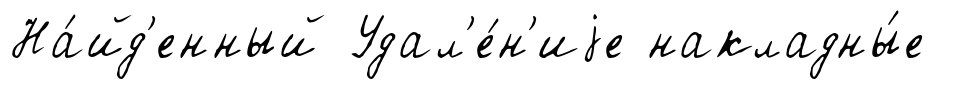
На́йд'енный Удал'е́н'иjе накладны́е